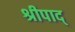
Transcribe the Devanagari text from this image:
श्रीपाद्